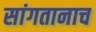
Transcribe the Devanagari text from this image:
सांगतानाच